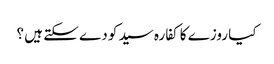
کیا روزے کا کفارہ سید کو دے سکتے ہیں ؟